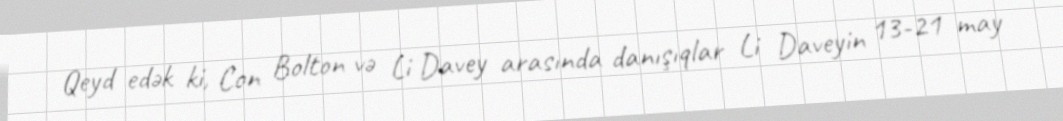
Qeyd edək ki, Con Bolton və Li Davey arasında danışıqlar Li Daveyin 13-21 may